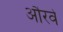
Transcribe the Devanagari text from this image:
औरवे